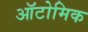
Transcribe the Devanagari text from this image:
ऑटोमिक